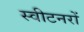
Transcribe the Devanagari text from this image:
स्वीटनरों